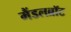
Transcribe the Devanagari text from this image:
मैंडलब्रॉट